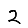
Digit: 2